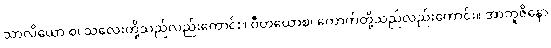
သာလိယော စ၊ သလေးတို့သည်လည်းကောင်း။ ဝီဟယောစ၊ ကောက်တို့သည်လည်းကောင်း။ အာဘူဇိနော